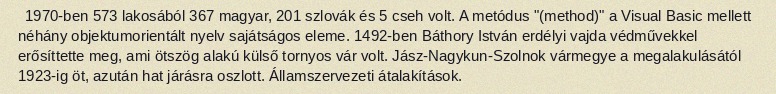
1970-ben 573 lakosából 367 magyar, 201 szlovák és 5 cseh volt. A metódus "(method)" a Visual Basic mellett néhány objektumorientált nyelv sajátságos eleme. 1492-ben Báthory István erdélyi vajda védművekkel erősíttette meg, ami ötszög alakú külső tornyos vár volt. Jász-Nagykun-Szolnok vármegye a megalakulásától 1923-ig öt, azután hat járásra oszlott. Államszervezeti átalakítások.